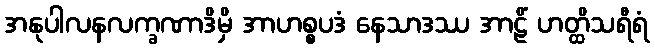
အနုပါလနလက္ခဏာဒိမှိ အာဟစ္စပဒံ နေသာဒဿ အာဠိံ ဟတ္ထိသရီရံ